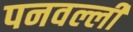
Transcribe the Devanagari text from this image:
पनवल्ली